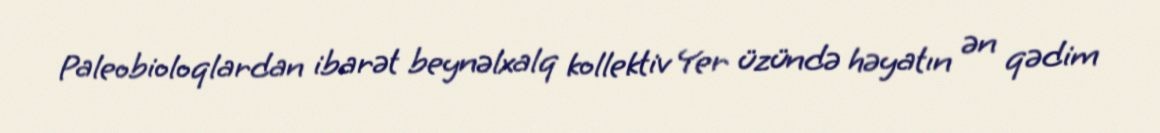
Paleobioloqlardan ibarət beynəlxalq kollektiv Yer üzündə həyatın ən qədim